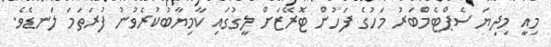
މިއީ މިދިޔަ ސެޕްޓެމްބަރު މަހުގެ ފަހުން ޓޮރޭޒަށް ލީގުގައި ކާމިޔާބުކުރެވުނު ފުރަތަމަ ލަނޑެވެ.